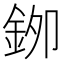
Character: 𮡯